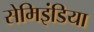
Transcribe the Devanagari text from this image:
सेमिइंडिया